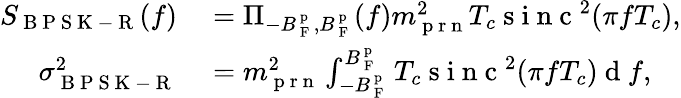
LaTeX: \begin{array}{rl}{S_{\mathrm{~B~P~S~K~-~R~}}(f)}&{{}=\Pi_{-B_{\mathrm{~F~}}^{\mathrm{~p~}},B_{\mathrm{~F~}}^{\mathrm{~p~}}}(f)m_{\mathrm{~p~r~n~}}^{2}T_{c}\mathrm{~s~i~n~c~}^{2}(\pi fT_{c}),}\\ {\sigma_{\mathrm{~B~P~S~K~-~R~}}^{2}}&{{}=m_{\mathrm{~p~r~n~}}^{2}\int_{-B_{\mathrm{~F~}}^{\mathrm{~p~}}}^{B_{\mathrm{~F~}}^{\mathrm{~p~}}}T_{c}\mathrm{~s~i~n~c~}^{2}(\pi fT_{c})\mathrm{~d~}f,}\end{array}